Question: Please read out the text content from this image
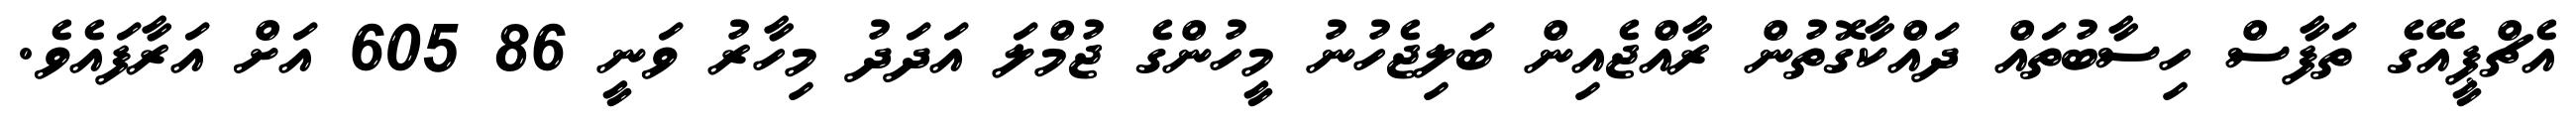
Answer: އެޗްޕީއޭގެ ތަފާސް ހިސާބުތައް ދައްކާގޮތުން ރާއްޖެއިން ބަލިޖެހުނު މީހުންގެ ޖުމްލަ އަދަދު މިހާރު ވަނީ 86 605 އަށް އަރާފައެވެ.